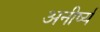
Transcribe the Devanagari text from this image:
अनीर्ष्य